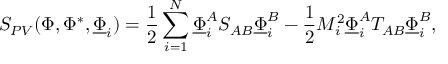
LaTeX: S _ { P V } ( \Phi , \Phi ^ { * } , \underline { { \Phi } } _ { i } ) = \frac { 1 } { 2 } \sum _ { i = 1 } ^ { N } { \underline { { \Phi } } } _ { i } ^ { A } S _ { A B } { \underline { { \Phi } } } _ { i } ^ { B } - \frac { 1 } { 2 } M _ { i } ^ { 2 } { \underline { { \Phi } } } _ { i } ^ { A } T _ { A B } { \underline { { \Phi } } } _ { i } ^ { B } ,